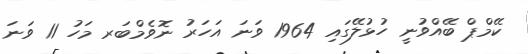
ކޭމްޕް ބޭއްވުނީ ހުޅުލޭގައި 1964 ވަނަ އަހަރު ނޮވެމްބަރ މަހު 11 ވަނަ